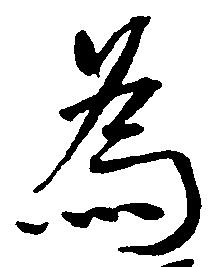
為